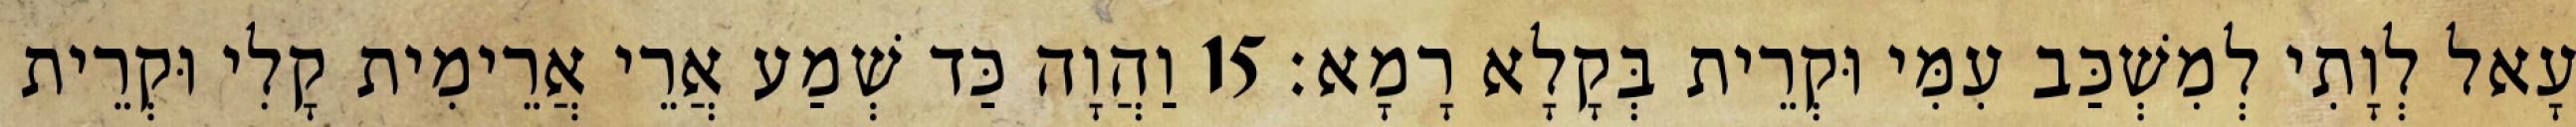
עָאל לְוָתִי לְמִשְׁכַּב עִמִּי וּקְרֵית בְּקָלָא רָמָא׃ 15 וַהֲוָה כַּד שְׁמַע אֲרֵי אֲרֵימִית קָלִי וּקְרֵית